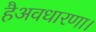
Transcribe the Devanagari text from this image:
हैअवधारणा।